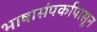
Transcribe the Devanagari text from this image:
भाषासंपर्कापासून